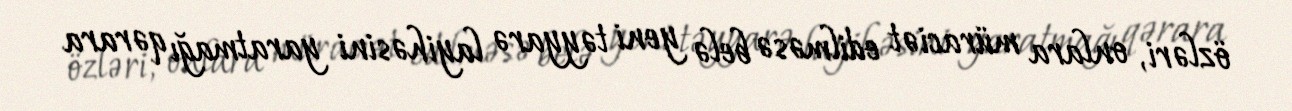
özləri, onlara müraciət edilməsə belə yeni təyyarə layihəsini yaratmağı qərara